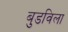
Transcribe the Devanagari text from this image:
बुडविला